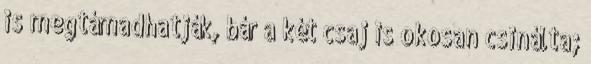
is megtámadhatják, bár a két csaj is okosan csinálta;